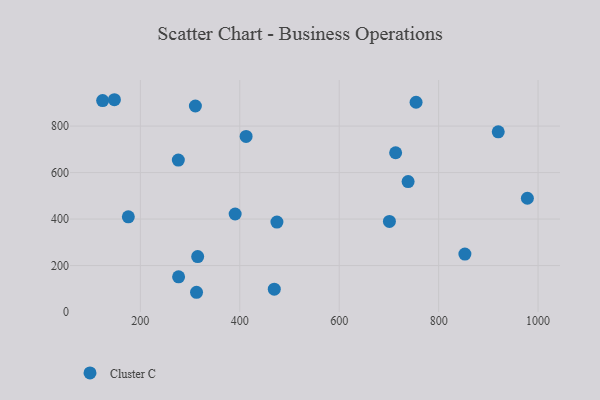
{"axis": {"x": "Experience", "y": "Salary"}, "legend": ["Cluster C"], "data": [{"x": "713.5", "y": 685.4, "type": "Cluster C"}, {"x": "276.9", "y": 151.2, "type": "Cluster C"}, {"x": "919.9", "y": 775.5, "type": "Cluster C"}, {"x": "852.8", "y": 249.4, "type": "Cluster C"}, {"x": "124.1", "y": 909.8, "type": "Cluster C"}, {"x": "313.0", "y": 84.9, "type": "Cluster C"}, {"x": "147.8", "y": 913.5, "type": "Cluster C"}, {"x": "315.3", "y": 238.4, "type": "Cluster C"}, {"x": "469.4", "y": 98.3, "type": "Cluster C"}, {"x": "474.7", "y": 386.8, "type": "Cluster C"}, {"x": "175.8", "y": 409.4, "type": "Cluster C"}, {"x": "701.0", "y": 390.0, "type": "Cluster C"}, {"x": "276.4", "y": 653.8, "type": "Cluster C"}, {"x": "390.7", "y": 421.8, "type": "Cluster C"}, {"x": "310.7", "y": 886.5, "type": "Cluster C"}, {"x": "738.6", "y": 561.2, "type": "Cluster C"}, {"x": "978.5", "y": 489.5, "type": "Cluster C"}, {"x": "412.7", "y": 755.5, "type": "Cluster C"}, {"x": "754.6", "y": 902.6, "type": "Cluster C"}]}